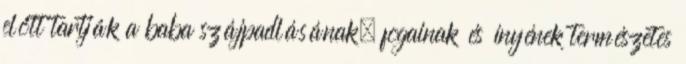
előtt tartják a baba szájpadlásának, fogainak és ínyének természetes